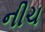
નીચ